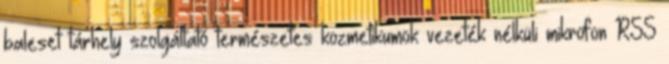
baleset tárhely szolgáltató természetes kozmetikumok vezeték nélküli mikrofon RSS